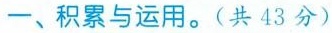
一、积累与运用。（共43分）